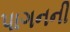
પાગનની